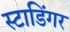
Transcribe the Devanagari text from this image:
स्टाडिंगर